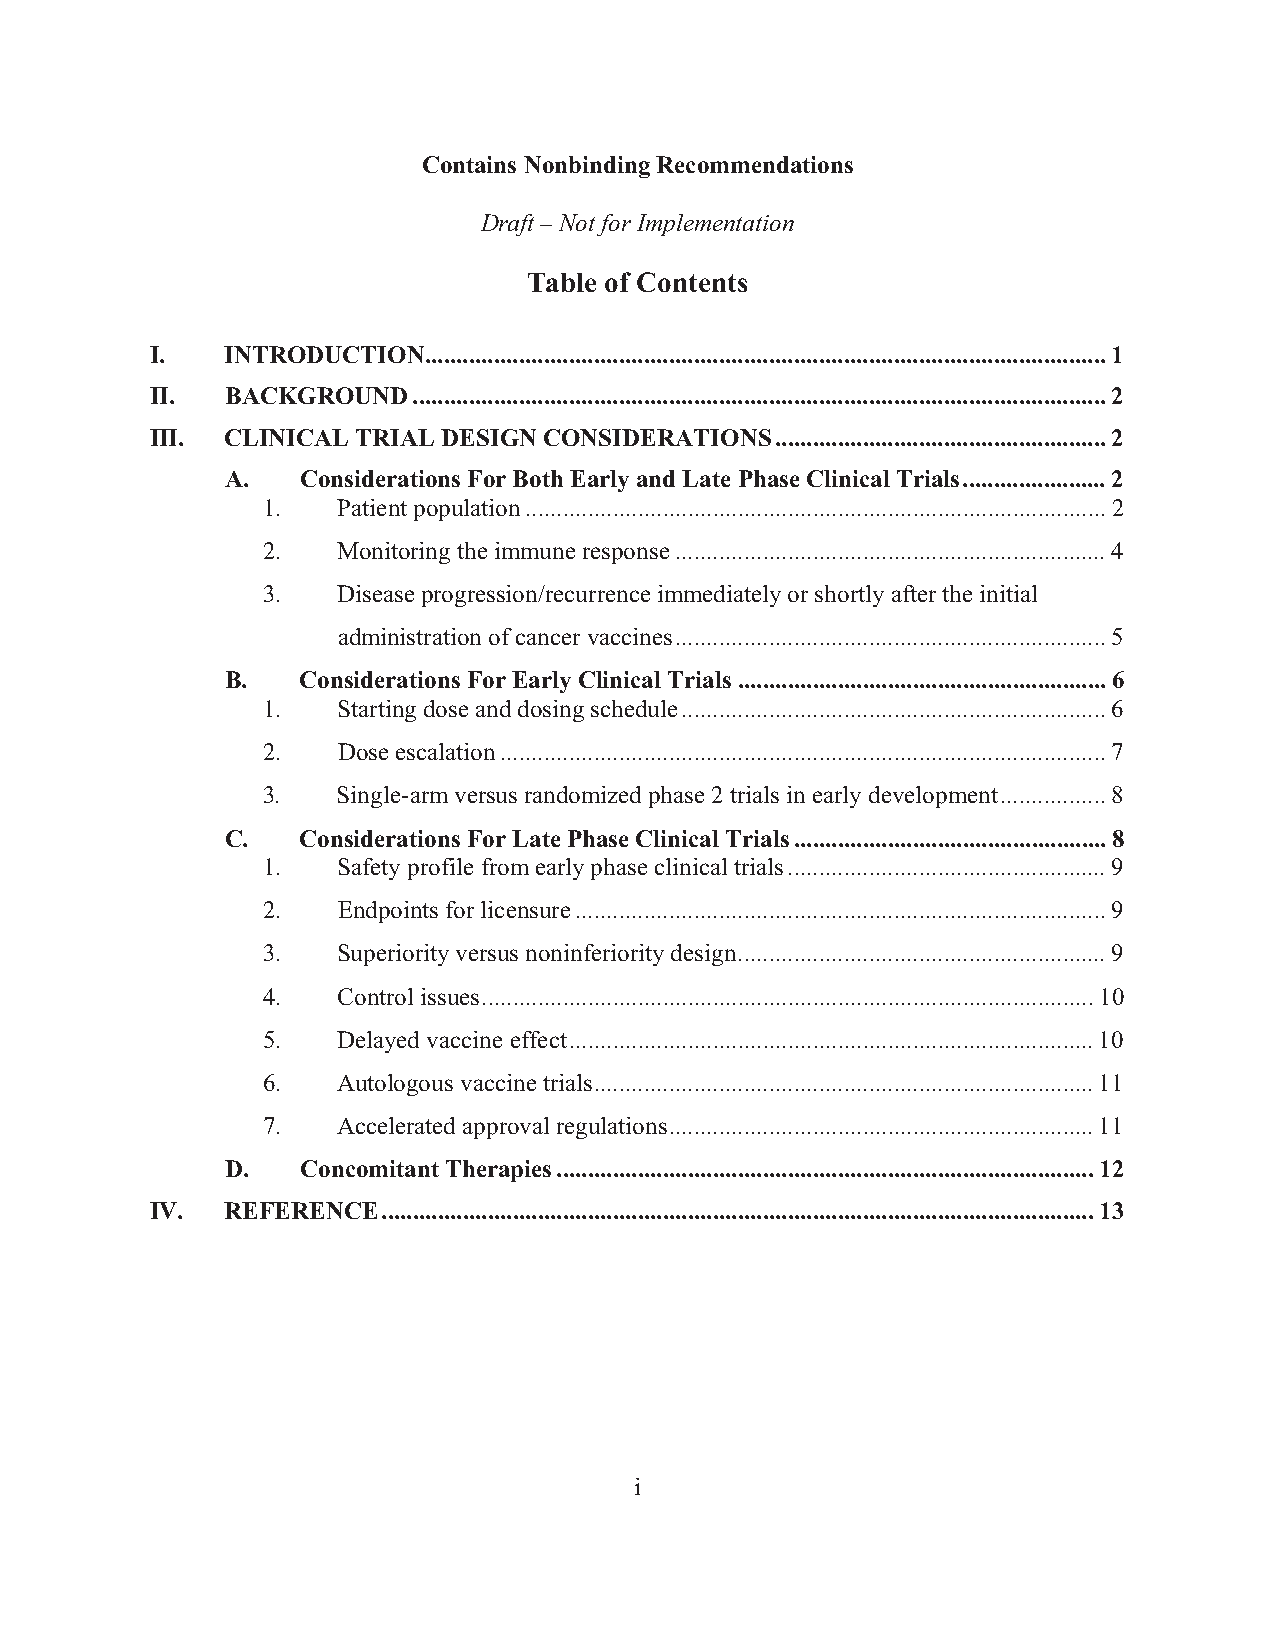
Contains Nonbinding Recommendations
 Draft – Not for Implementation
 Table of Contents
 I.   INTRODUCTION.............................................................................................................1
 II.  BACKGROUND...............................................................................................................2
 III. CLINICAL TRIAL DESIGN CONSIDERATIONS.....................................................2
 A.   Considerations For Both Early and Late Phase Clinical Trials.......................2
 1.   Patient population.............................................................................................2
 2.   Monitoring the immune response.....................................................................4
 3.   Disease progression/recurrence immediately or shortly after the initial
 administration of cancer vaccines.....................................................................5
 B.   Considerations For Early Clinical Trials...........................................................6
 1.   Starting dose and dosing schedule....................................................................6
 2.   Dose escalation.................................................................................................7
 3.   Single-arm versus randomized phase 2 trials in early development.................8
 C.   Considerations For Late Phase Clinical Trials..................................................8
 1.   Safety profile from early phase clinical trials...................................................9
 2.   Endpoints for licensure.....................................................................................9
 3.   Superiority versus noninferiority design...........................................................9
 4.   Control issues..................................................................................................10
 5.   Delayed vaccine effect....................................................................................10
 6.   Autologous vaccine trials................................................................................11
 7.   Accelerated approval regulations....................................................................11
 D.   Concomitant Therapies......................................................................................12
 IV.  REFERENCE..................................................................................................................13
 i